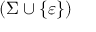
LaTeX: ( \Sigma \cup \{ \varepsilon \} )